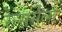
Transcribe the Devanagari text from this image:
रेन्ससेलर